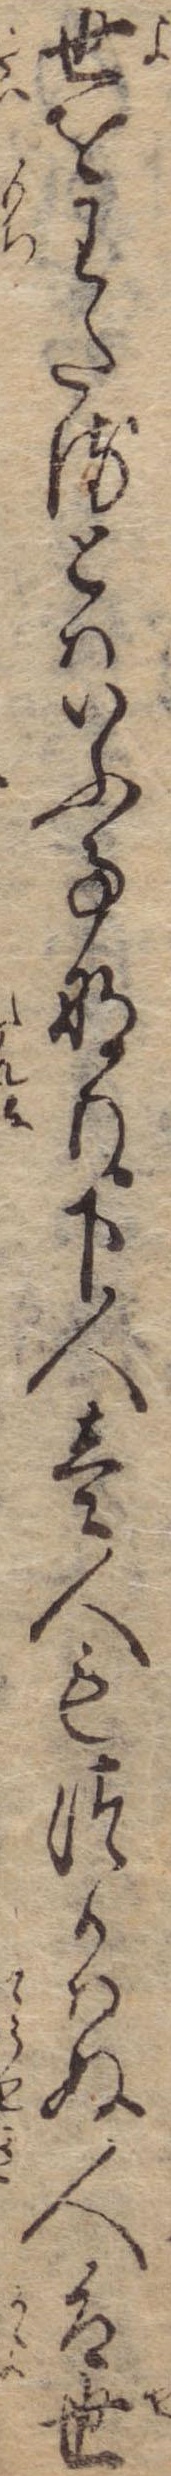
世をわたるとはいふ事なり下人壱人もつかはぬ人は世